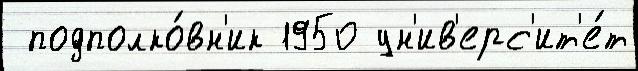
 подполко́вн'ик 1950 ун'ив'ерс'ит'е́т